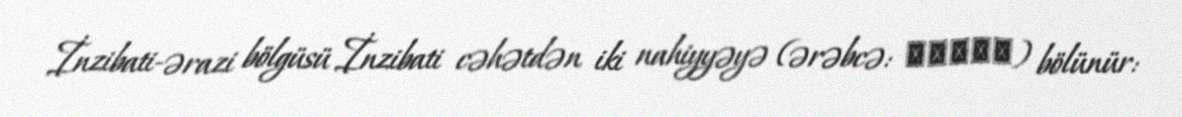
İnzibati-ərazi bölgüsü İnzibati cəhətdən iki nahiyyəyə (ərəbcə: ناحية) bölünür: